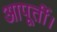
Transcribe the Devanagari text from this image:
आपूर्ती।